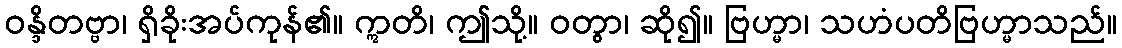
ဝန္ဒိတဗ္ဗာ၊ ရှိခိုးအပ်ကုန်၏။ ဣတိ၊ ဤသို့။ ဝတွာ၊ ဆို၍။ ဗြဟ္မာ၊ သဟံပတိဗြဟ္မာသည်။